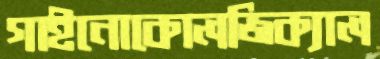
গাইনোকোলজিক্যাল